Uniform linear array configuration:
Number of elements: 8
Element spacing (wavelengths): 1
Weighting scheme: hamming
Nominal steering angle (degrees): -45
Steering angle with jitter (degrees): -45.314
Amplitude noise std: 0.05
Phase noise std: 0.05

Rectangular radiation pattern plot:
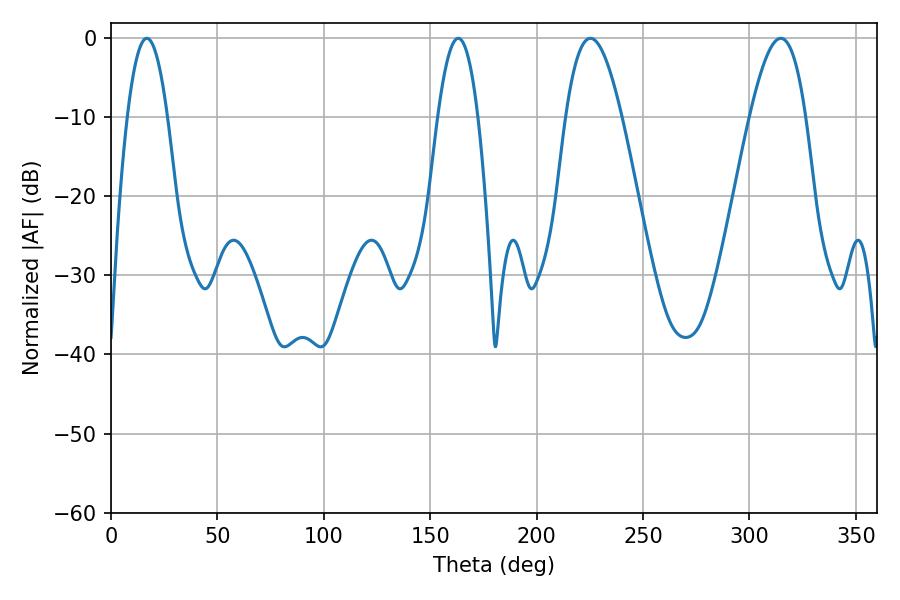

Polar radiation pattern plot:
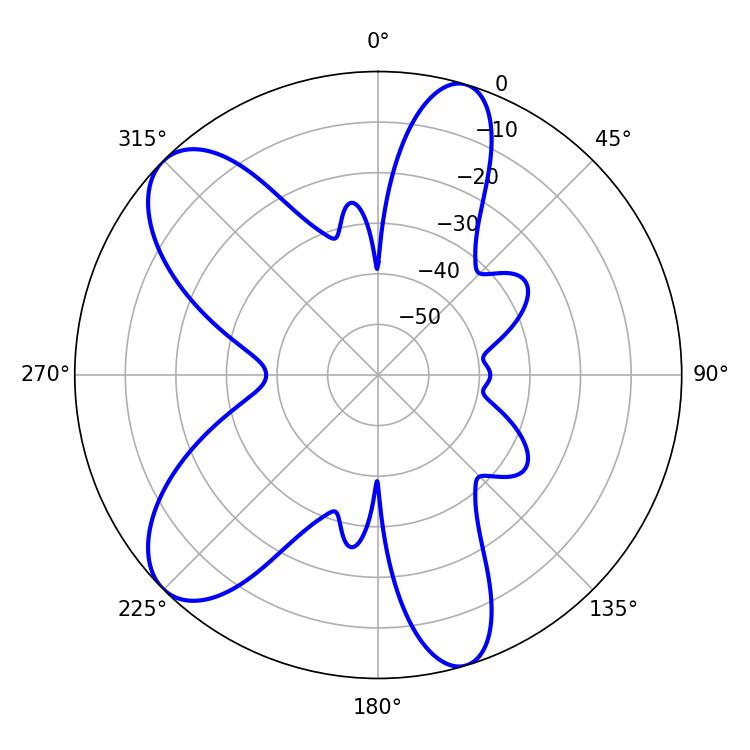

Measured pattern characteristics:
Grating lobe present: TRUE
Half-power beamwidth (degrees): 14.4
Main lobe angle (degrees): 225.36